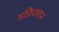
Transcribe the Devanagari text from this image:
डफ्रेिक्शन